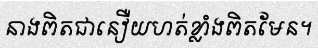
នាងពិតជានឿយហត់ខ្លាំងពិតមែន។